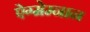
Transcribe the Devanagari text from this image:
ऐग्मेम्नान